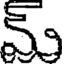
మ్